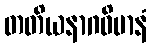
တတိယနာဂဝိမာနံ